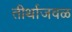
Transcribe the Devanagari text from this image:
तीर्थाजवळ